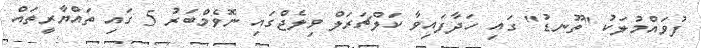
ފުވައްމުލަކު "ތޫނޑު" ގައި ހަދާފައިވާ ކަލްޗަރަލް ވިލެޖްގައި ނޮވެމްބަރު 5 ގައި ތައްޔާރީތައް